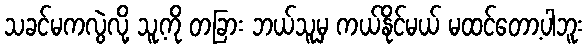
သခင်မကလွဲလို့ သူ့ကို တခြား ဘယ်သူမှ ကယ်နိုင်မယ် မထင်တော့ပါဘူး